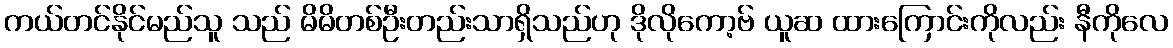
ကယ်တင်နိုင်မည်သူ သည် မိမိတစ်ဦးတည်းသာရှိသည်ဟု ဒိုလိုကော့ဗ် ယူဆ ထားကြောင်းကိုလည်း နီကိုလေ